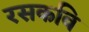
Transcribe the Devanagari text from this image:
रसकवि